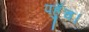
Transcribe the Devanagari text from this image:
पहुँच।